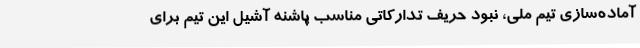
آماده‌سازی تیم ملی، نبود حریف تدارکاتی مناسب پاشنه آشیل این تیم برای